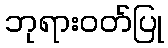
ဘုရားဝတ်ပြု